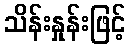
သိန်းနှုန်းဖြင့်